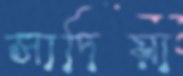
সাদিয়া